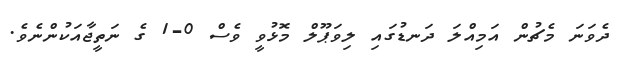
ދެވަނަ މެޗުން އަމިއްލަ ދަނޑުގައި ލިވަޕޫލް މޮޅުވީ ވެސް 0-1 ގެ ނަތީޖާއަކުންނެވެ.